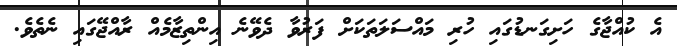
އެ ކުއްޖާގެ ހަށިގަނޑުގައި ހުރި މައްސަލަތަކަށް ފަރުވާ ދެވޭނެ އިންތިޒާމެއް ރާއްޖޭގައި ނެތެވެ.